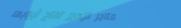
متاجر الزهور تفتح أبوابها